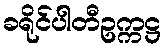
ခရိုင်ပါတီဥက္ကဋ္ဌ